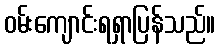
ဝမ်းကျောင်းရရှာပြန်သည်။